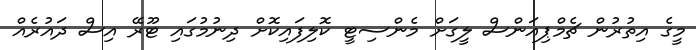
މީގެ އިތުރުން ޗެމްޕިއަންސް ލީގަށް މެންސިޓީ ކޮލިފައިކޮށް ދިނުމުގައި ޓޫރޭ އިސް ދައުރެއް